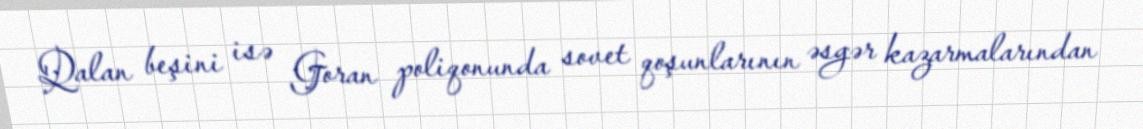
Qalan beşini isə Goran poliqonunda sovet qoşunlarının əsgər kazarmalarından